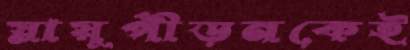
স্নায়ুপীড়নকেই